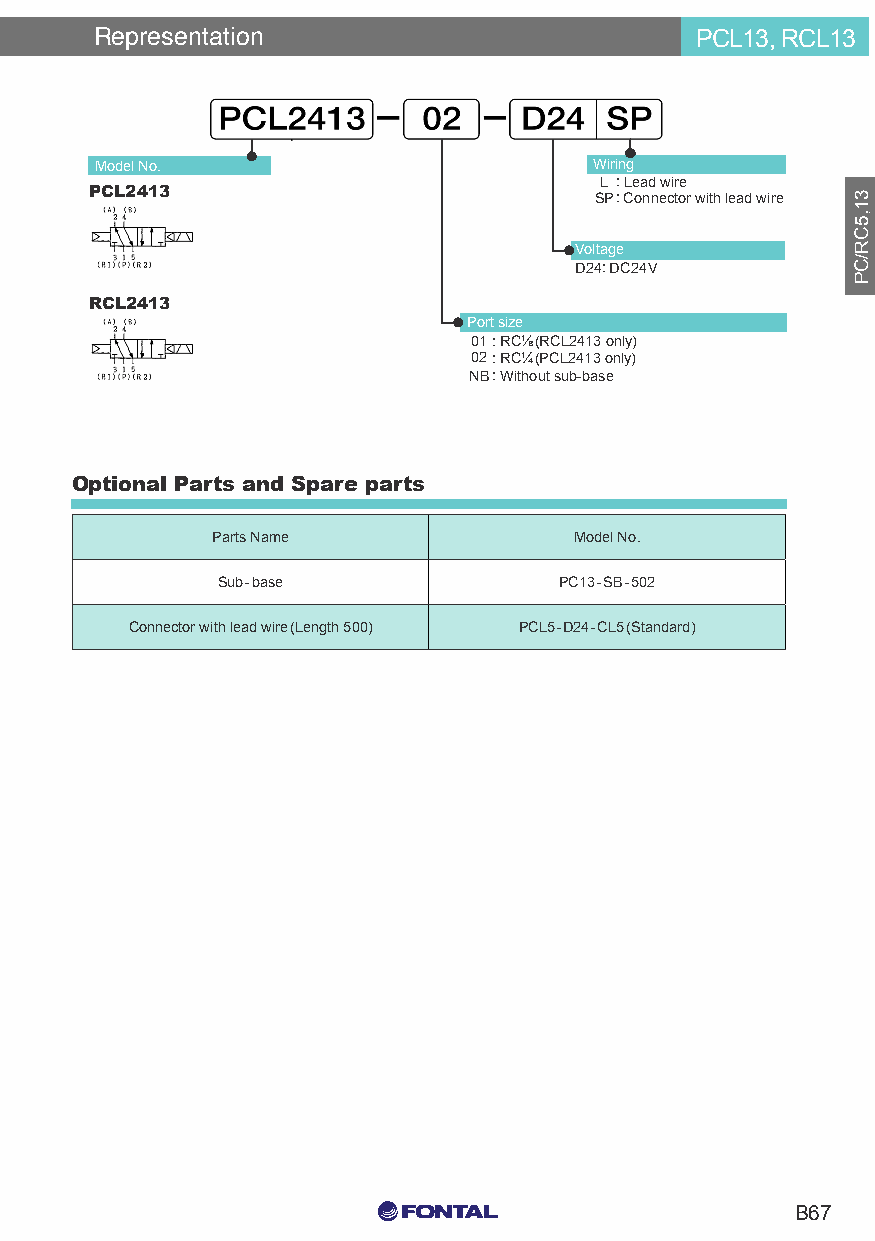
Representation                          PCL13, RCL13
 Port Pilot Operated Latching Solenoid Valve
 Rubber Seal/Sub-base, In-line Mounting Type
 Model No.                        Wiring
 L : Lead wire
 PCL2413                          SP: Connector with lead wire
 Voltage
 D24: DC24V
 RCL2413
 Port size
 01: RC⅛(RCL2413 only)
 02: RC¼(PCL2413 only)
 NB: Without sub-base
 Optional Parts and Spare parts
 Parts Name              Model No.
 Sub-base               PC13-SB-502
 Connector with lead wire(Length 500) PCL5-D24-CL5(Standard)
 C0 M0 Y15 K15
 B67
 C0 M0 Y0 K100
 C0 M0 Y0 K0
 31,5CR/CP